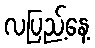
လပြည့်နေ့